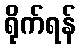
ရိုက်ရန်